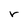
Character: r